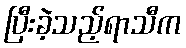
ပြီးခဲ့သည့်ရာသီက